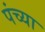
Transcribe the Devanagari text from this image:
पंच्या